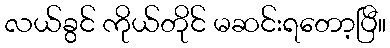
လယ်ခွင် ကိုယ်တိုင် မဆင်းရတော့ပြီ။